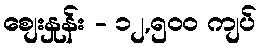
စျေးနှုန်း - ၁၂,၅၀၀ ကျပ်